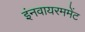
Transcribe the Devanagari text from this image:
इंनवायरममेंट